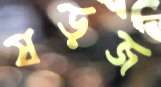
ষড়জ